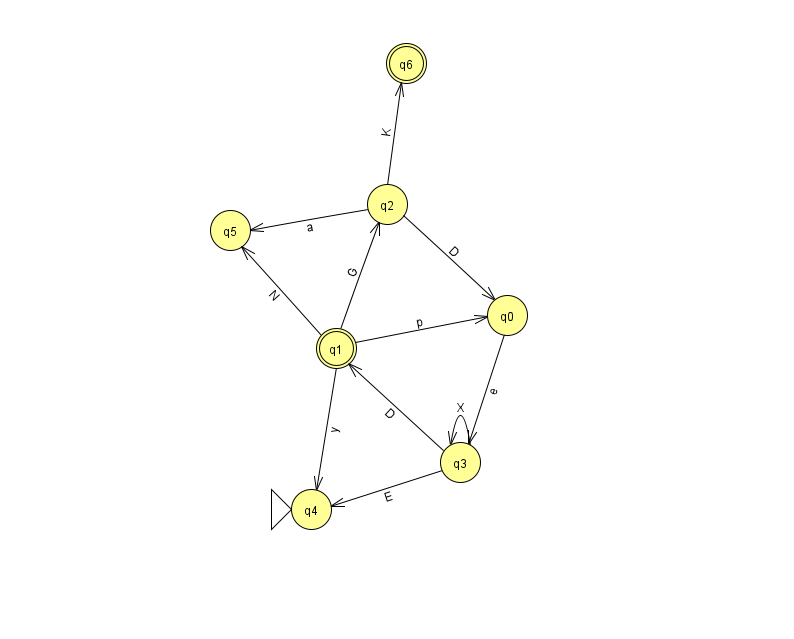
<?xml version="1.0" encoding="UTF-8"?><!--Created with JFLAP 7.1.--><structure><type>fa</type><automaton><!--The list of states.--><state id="0" name="q0"><x>507.0</x><y>302.0</y></state><state id="1" name="q1"><x>336.0</x><y>335.0</y><final/></state><state id="2" name="q2"><x>387.0</x><y>191.0</y></state><state id="3" name="q3"><x>460.0</x><y>449.0</y></state><state id="4" name="q4"><x>311.0</x><y>496.0</y><initial/></state><state id="5" name="q5"><x>230.0</x><y>217.0</y></state><state id="6" name="q6"><x>406.0</x><y>50.0</y><final/></state><!--The list of transitions.--><transition><from>1</from><to>5</to><read>N</read></transition><transition><from>2</from><to>0</to><read>D</read></transition><transition><from>3</from><to>1</to><read>D</read></transition><transition><from>2</from><to>6</to><read>K</read></transition><transition><from>2</from><to>5</to><read>a</read></transition><transition><from>1</from><to>4</to><read>y</read></transition><transition><from>3</from><to>3</to><read>X</read></transition><transition><from>1</from><to>2</to><read>G</read></transition><transition><from>0</from><to>3</to><read>e</read></transition><transition><from>1</from><to>0</to><read>p</read></transition><transition><from>3</from><to>4</to><read>E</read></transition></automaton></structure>